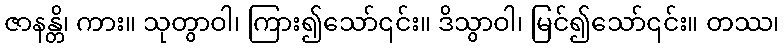
ဇာနန္တိ၊ ကား။ သုတွာဝါ၊ ကြား၍သော်၎င်း။ ဒိသွာဝါ၊ မြင်၍သော်၎င်း။ တဿ၊